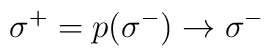
\:\sigma^{+} = p(\sigma^{-}) \rightarrow \sigma^{-}\: